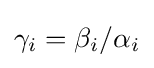
\gamma _{i}=\beta _{i}/\alpha _{i}